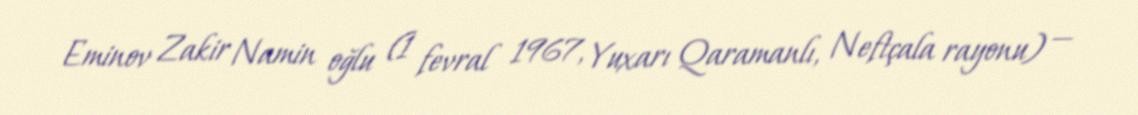
Eminov Zakir Namin oğlu (1 fevral 1967, Yuxarı Qaramanlı, Neftçala rayonu) —